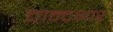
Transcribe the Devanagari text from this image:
चान्दभार